Trukikaitis_Postimees, lk 40
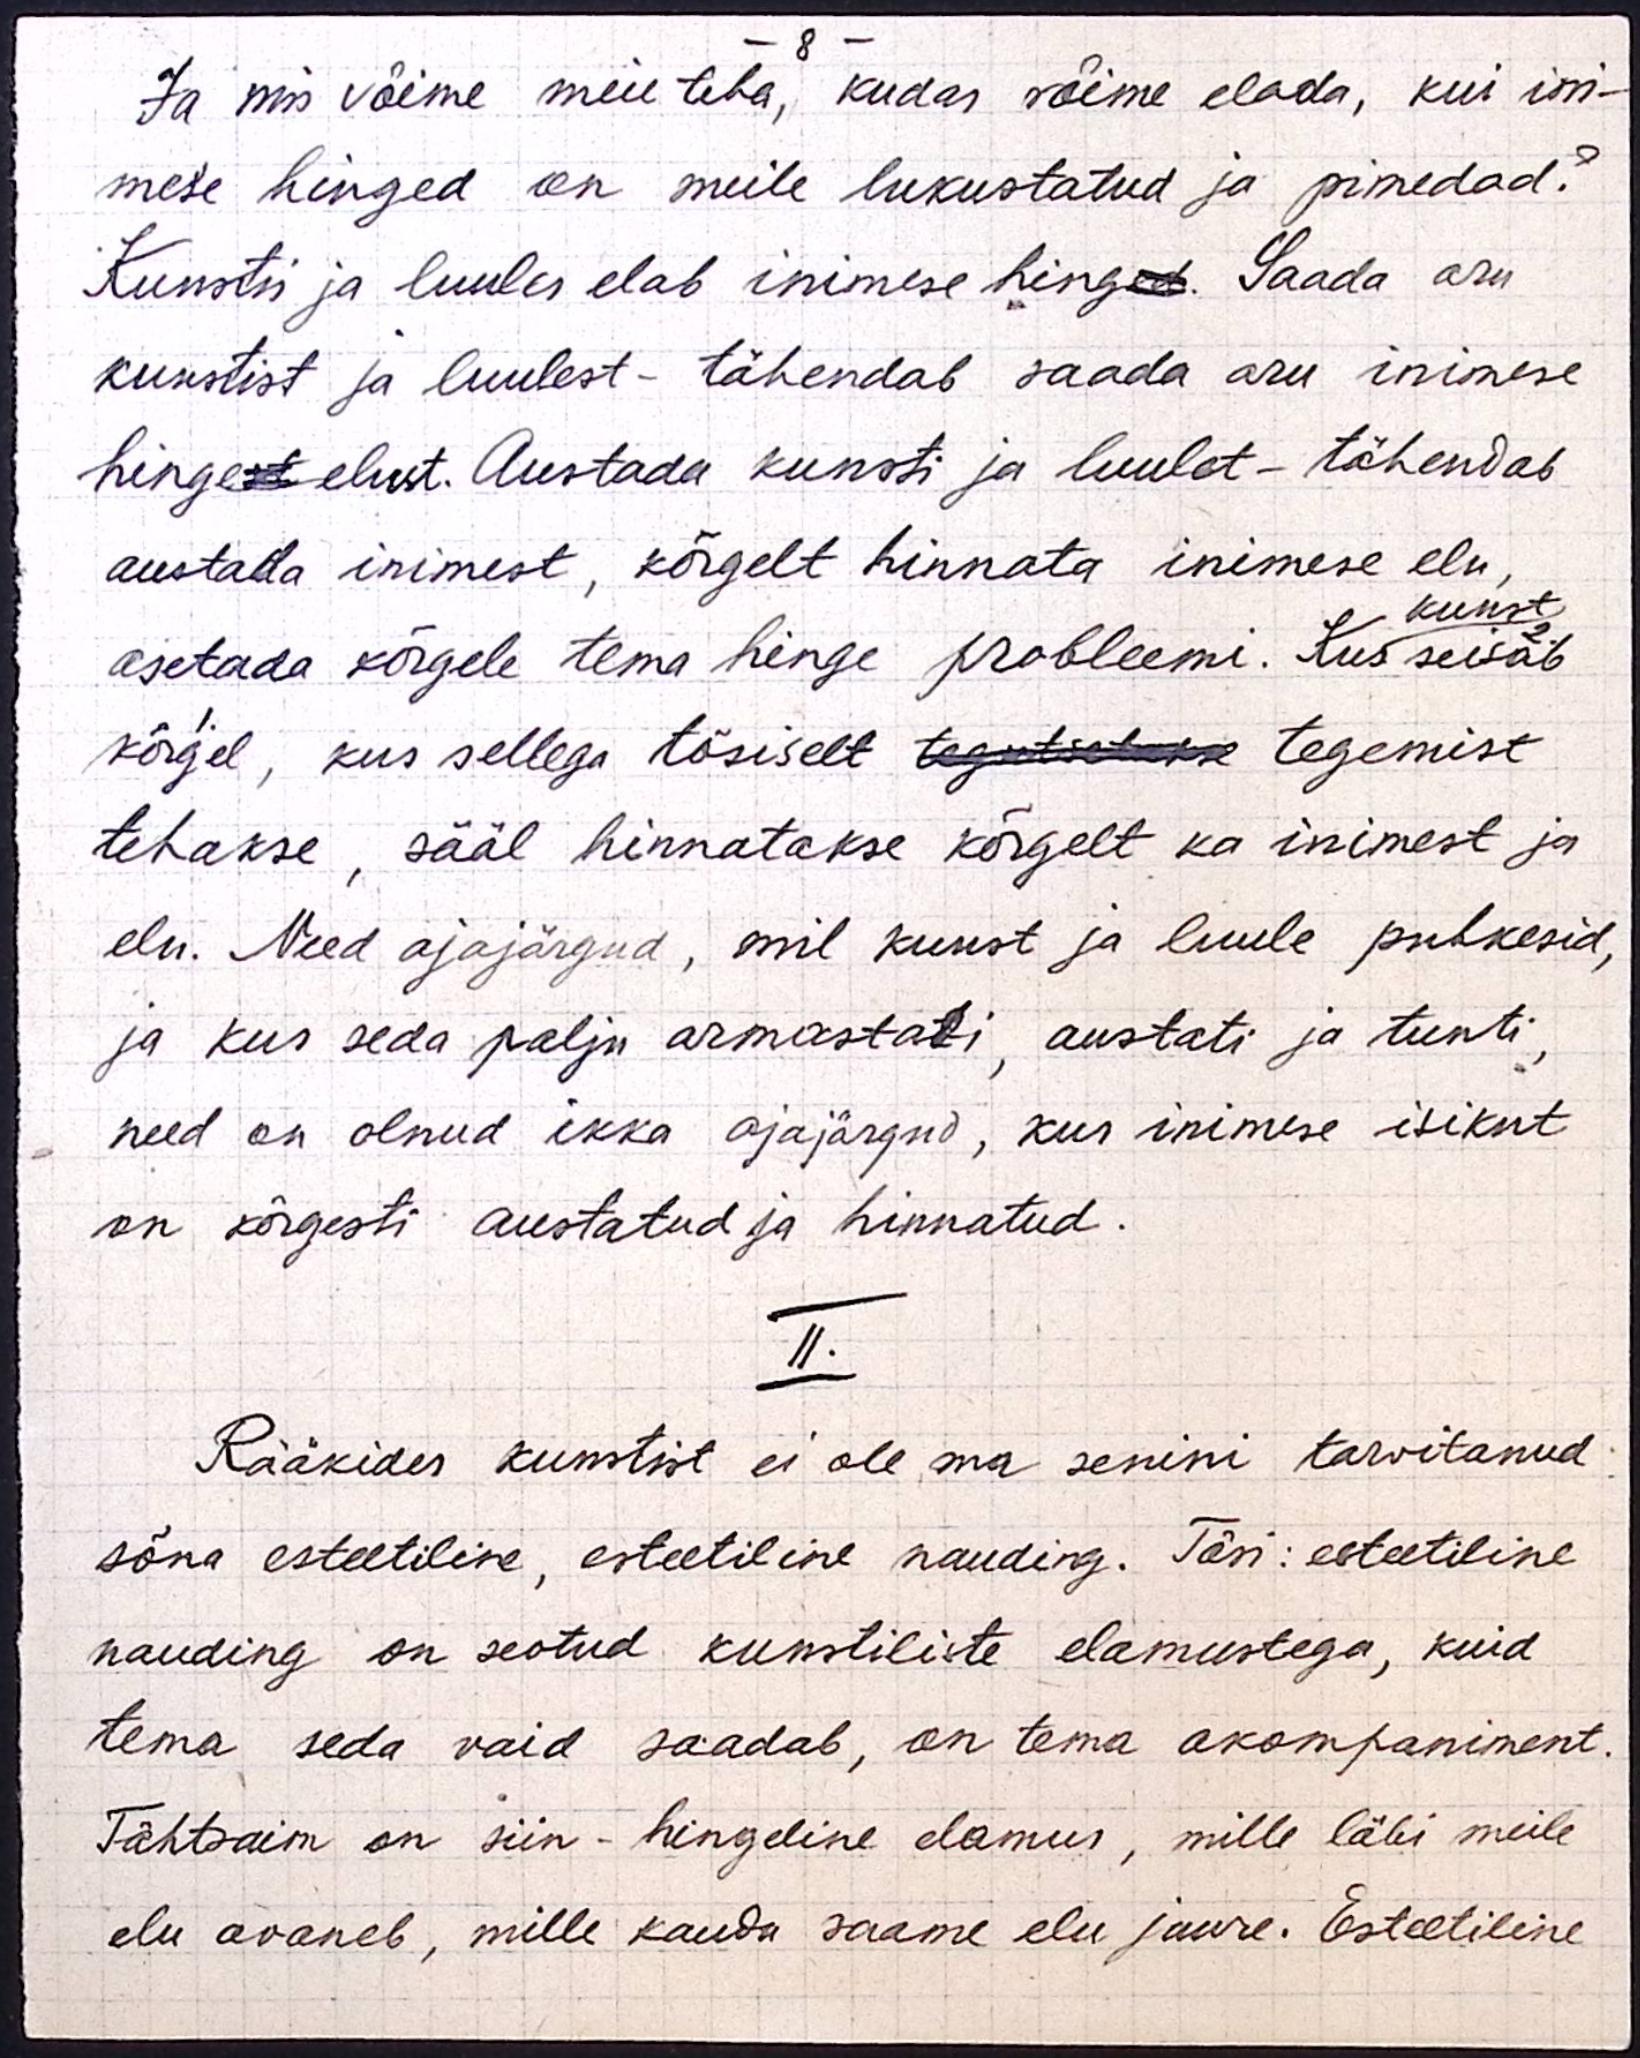
- 8 -
Ja mis võime meie teha, kudas võime elada, kui ini-
mese hinged on meile lukustatud ja pimedad?
Kunstis ja luules elab inimese hinged. Saada aru
kunstist ja luulest - tähendab saada aru inimese
hingest elust. Austada kunsti ja luulet - tähendab
austada inimest, kõrgelt hinnata inimese elu,
kunst
2.
asetada kõrgele tema hinge probleemi. Kus seisab
1.
kõrgel, kus sellega tõsiselt tegutsetakse tegemist
tehakse, sääl hinnatakse kõrgelt ka inimest ja
elu. Need ajajärgud, mil kunst ja luule puhkesid,
ja kus seda palju armastati, austati ja tunti,
need on olnud ikka ajajärgud, kus inimese isikut
on kõrgesti austatud ja hinnatud.
II.
Rääkides kunstist ei ole ma senini tarvitanud
sõna esteetiline, esteetiline nauding. Tõsi: esteetiline
nauding on seotud kunstiliste elamustega, kuid
tema seda vaid saadab, on tema akompaniment.
Tähtsaim on siin - hingeline elamus, mille läbi meile
elu avaneb, mille kaudu saame elu juure. Esteetiline